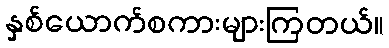
နှစ်ယောက်စကားများကြတယ်။